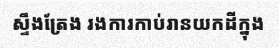
ស្ទឹងត្រែង រងការកាប់រានយកដីក្នុង